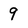
Character: 9